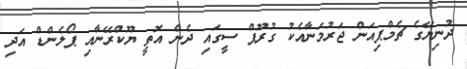
ދުނިޔޭގެ ޗެމްޕިއަން ޖަރުމަނާއެކު ގުރޫޕް ސީގައި ދެން އޮތީ ޔޫކްރޭނާއި ޕޯލެންޑް އަދި